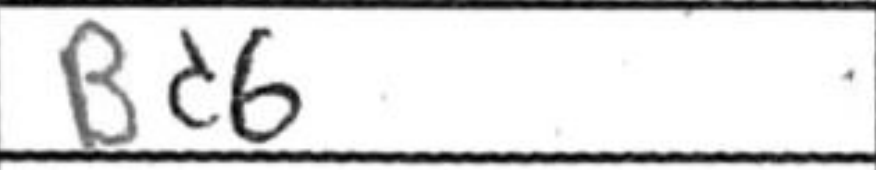
Transcription: Bd6